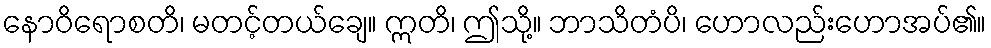
နောဝိရောစတိ၊ မတင့်တယ်ချေ။ ဣတိ၊ ဤသို့။ ဘာသိတံပိ၊ ဟောလည်းဟောအပ်၏။